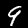
Label: 9